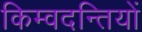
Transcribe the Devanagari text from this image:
किम्वदन्तियों